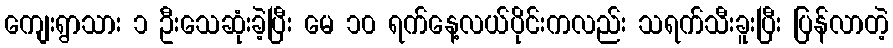
ကျေးရွာသား ၁ ဦးသေဆုံးခဲ့ပြီး မေ ၁၀ ရက်နေ့လယ်ပိုင်းကလည်း သရက်သီးခူးပြီး ပြန်လာတဲ့